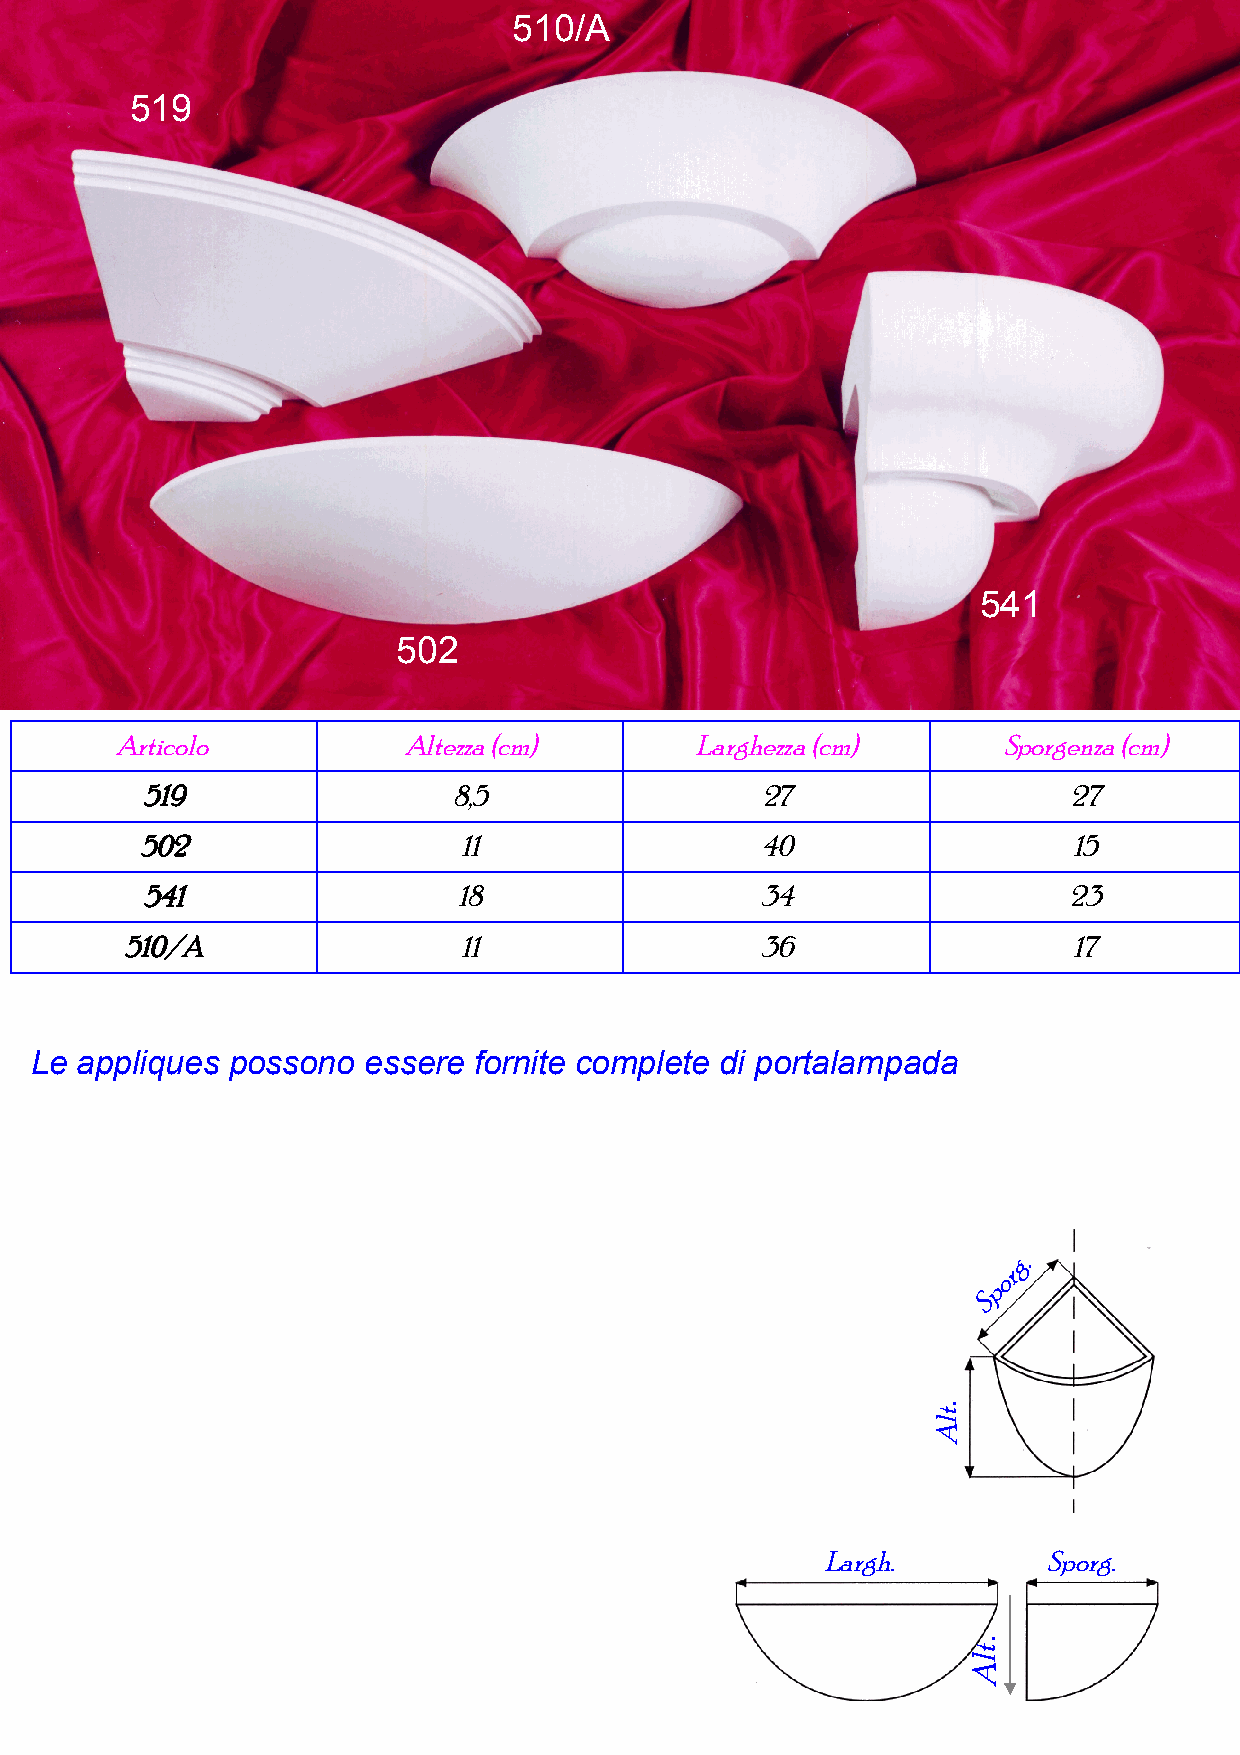
510/A
 519
 541
 502
 Articolo           Altezza (cm)       Larghezza (cm)      Sporgenza (cm)
 519                  8,5                 27                   27
 502                  11                  40                   15
 541                  18                  34                   23
 510/A                 11                  36                   17
 Le appliques possono  essere fornite complete di portalampada
 g.
 r
 o
 p
 S
 .
 Largh.         Sporg.
 .
 tlA
 tlA